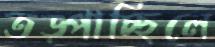
তড়্‌পাচ্ছিলে